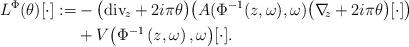
LaTeX: \begin{align*}\begin{aligned}L^\Phi(\theta)[\cdot]:=& -\big( {\rm div}_{\! z} + 2i\pi \theta \big)\big(A{( \Phi^{-1}(z,\omega),\omega)} {\big( \nabla_{\!\! z} + 2i\pi \theta \big)} [\cdot] \big)\\ &+V {\big(\Phi^{-1}\left(z,\omega\right),\omega\big)} [\cdot].\end{aligned}\end{align*}